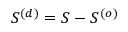
S ^ { ( d ) } = S - S ^ { ( o ) }